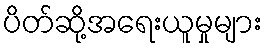
ပိတ်ဆို့အရေးယူမှုများ